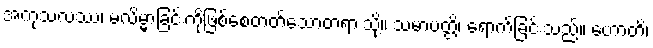
အကုသလဿ၊ မလိမ္မာခြင်းကိုဖြစ်စေတတ်သောတရားသို့။ သမာပတ္တိ၊ ရောက်ခြင်းသည်။ ဟောတိ၊